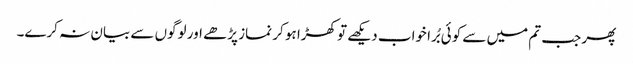
پھر جب تم میں سے کوئی بُرا خواب دیکھے تو کھڑا ہو کر نماز پڑھے اور لوگوں سے بیان نہ کرے۔